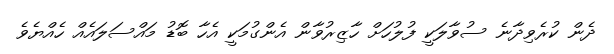
ދެން ކުރެވިދާނެ ސުވާލަކީ ފުލުހަށް ހާޒިރުވާން އެންގުމަކީ އެހާ ބޮޑު މައްސަލައެއް ހެއްޔެވެ